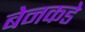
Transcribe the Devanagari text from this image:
बेनकडे